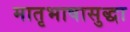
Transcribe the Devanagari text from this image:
मातृभाषासुद्धा